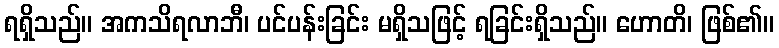
ရရှိသည်။ အကသိရလာဘီ၊ ပင်ပန်းခြင်း မရှိသဖြင့် ရခြင်းရှိသည်။ ဟောတိ၊ ဖြစ်၏။